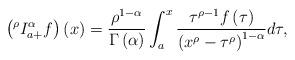
LaTeX: \begin{align*}\left( ^{\rho }I_{a+}^{\alpha }f\right) \left( x\right) =\frac{\rho^{1-\alpha }}{\Gamma \left( \alpha \right) }\int_{a}^{x}\frac{\tau ^{\rho-1}f\left( \tau \right) }{\left( x^{\rho }-\tau ^{\rho }\right) ^{1-\alpha }}d\tau , \end{align*}